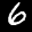
Label: 6